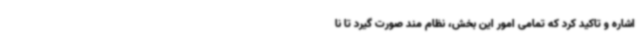
اشاره و تاکید کرد که تمامی امور این بخش، نظام مند صورت گیرد تا نا